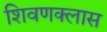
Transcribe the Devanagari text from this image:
शिवणक्लास